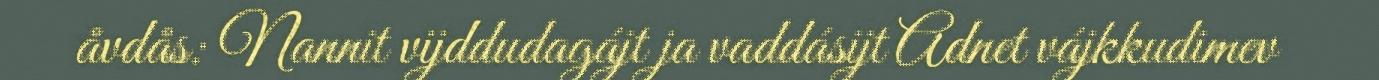
åvdås: Nannit vijddudagájt ja vaddásijt Adnet vájkkudimev